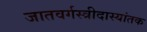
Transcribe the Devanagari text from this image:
जातवर्गस्त्रीदास्यांतक